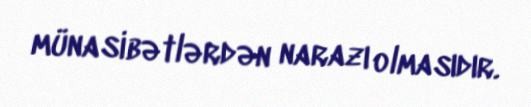
münasibətlərdən narazı olmasıdır.